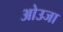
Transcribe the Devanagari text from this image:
ओउजा